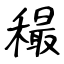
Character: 穝